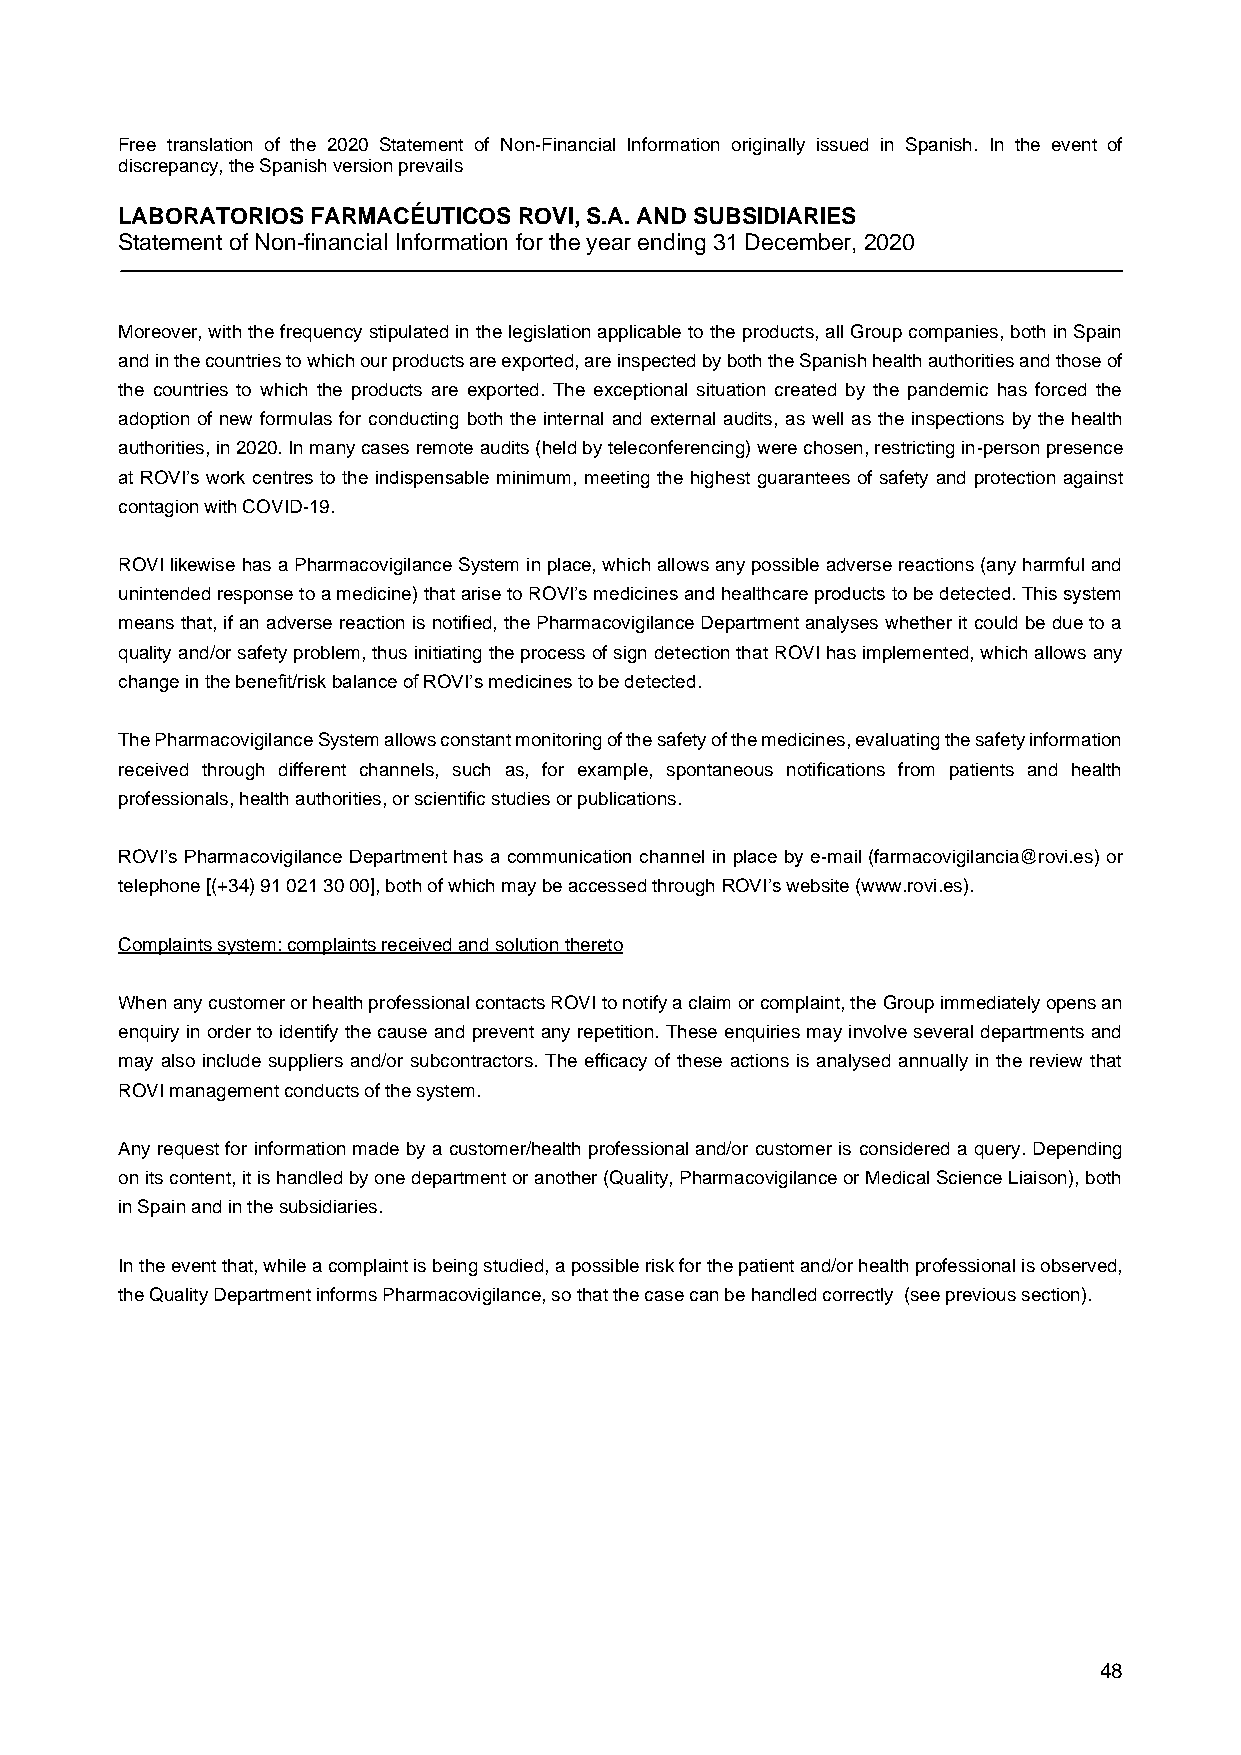
Free translation of the 2020 Statement of Non-Financial Information originally issued in Spanish. In the event of
 discrepancy, the Spanish version prevails
 LABORATORIOS FARMACÉUTICOS ROVI, S.A. AND SUBSIDIARIES
 Statement of Non-financial Information for the year ending 31 December, 2020
 Moreover, with the frequency stipulated in the legislation applicable to the products, all Group companies, both in Spain
 and in the countries to which our products are exported, are inspected by both the Spanish health authorities and those of
 the countries to which the products are exported. The exceptional situation created by the pandemic has forced the
 adoption of new formulas for conducting both the internal and external audits, as well as the inspections by the health
 authorities, in 2020. In many cases remote audits (held by teleconferencing) were chosen, restricting in-person presence
 at ROVI’s work centres to the indispensable minimum, meeting the highest guarantees of safety and protection against
 contagion with COVID-19.
 ROVI likewise has a Pharmacovigilance System in place, which allows any possible adverse reactions (any harmful and
 unintended response to a medicine) that arise to ROVI’s medicines and healthcare products to be detected. This system
 means that, if an adverse reaction is notified, the Pharmacovigilance Department analyses whether it could be due to a
 quality and/or safety problem, thus initiating the process of sign detection that ROVI has implemented, which allows any
 change in the benefit/risk balance of ROVI’s medicines to be detected.
 The Pharmacovigilance System allows constant monitoring of the safety of the medicines, evaluating the safety information
 received through different channels, such as, for example, spontaneous notifications from patients and health
 professionals, health authorities, or scientific studies or publications.
 ROVI’s Pharmacovigilance Department has a communication channel in place by e-mail (farmacovigilancia@rovi.es) or
 telephone [(+34) 91 021 30 00], both of which may be accessed through ROVI’s website (www.rovi.es).
 Complaints system: complaints received and solution thereto
 When any customer or health professional contacts ROVI to notify a claim or complaint, the Group immediately opens an
 enquiry in order to identify the cause and prevent any repetition. These enquiries may involve several departments and
 may also include suppliers and/or subcontractors. The efficacy of these actions is analysed annually in the review that
 ROVI management conducts of the system.
 Any request for information made by a customer/health professional and/or customer is considered a query. Depending
 on its content, it is handled by one department or another (Quality, Pharmacovigilance or Medical Science Liaison), both
 in Spain and in the subsidiaries.
 In the event that, while a complaint is being studied, a possible risk for the patient and/or health professional is observed,
 the Quality Department informs Pharmacovigilance, so that the case can be handled correctly (see previous section).
 48